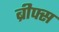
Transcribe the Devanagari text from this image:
ब्रीफ्स